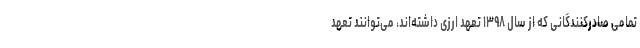
تمامی صادرکنندگانی که از سال ۱۳۹۸ تعهد ارزی داشته‌اند، می‌توانند تعهد